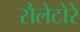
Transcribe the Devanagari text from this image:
सैलेटोरे